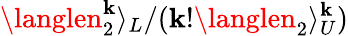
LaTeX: \langlen_{2}^{\mathbf{k}}\rangle_{L}/(\mathbf{k}!\langlen_{2}\rangle_{U}^{\mathbf{k}})